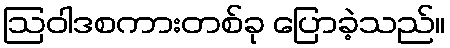
ဩဝါဒစကားတစ်ခု ပြောခဲ့သည်။